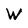
Character: W